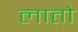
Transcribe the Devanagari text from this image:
लातो